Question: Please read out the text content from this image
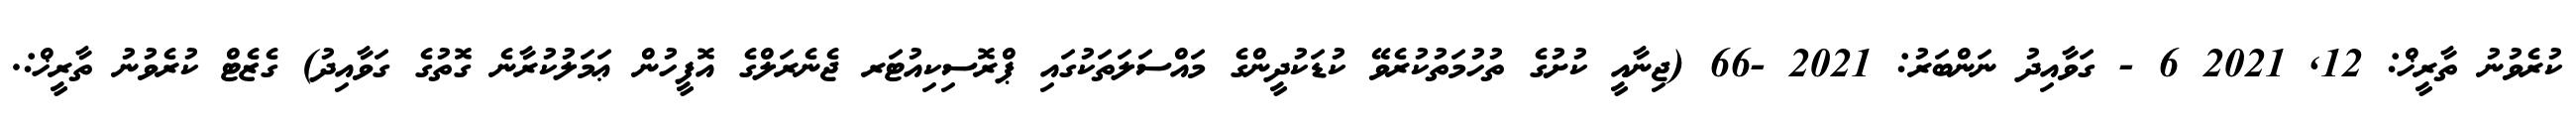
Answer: ކުރެވުނު ތާރީޚް: 12, 2021 6 - ގަވާއިދު ނަންބަރު: 2021 -66 (ޖިނާއީ ކުށުގެ ތުހުމަތުކުރެވޭ ކުޑަކުދީންގެ މައްސަލަތަކުގައި ޕްރޮސިކިއުޓަރ ޖެނެރަލްގެ އޮފީހުން ޢަމަލުކުރާނެ ގޮތުގެ ގަވާއިދު) ގެޒެޓް ކުރެވުނު ތާރީޚް:.